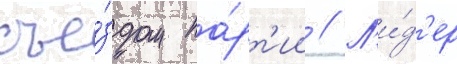
съе́здом па́рт'ии // Л'и́д'ер